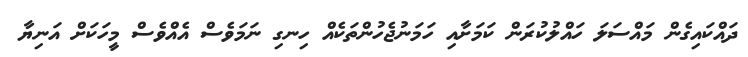
ދައްކައިގެން މައްސަލަ ހައްލުކުރަން ކަމަށާއި ހަމަނުޖެހުންތަކެއް ހިނގި ނަމަވެސް އެއްވެސް މީހަކަށް އަނިޔާ